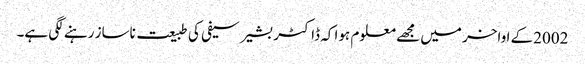
2002کے اواخر میں مجھے معلوم ہوا کہ ڈاکٹر بشیر سیفی کی طبیعت ناساز رہنے لگی ہے۔